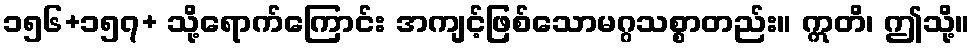
၁၅၆+၁၅၇+ သို့ရောက်ကြောင်း အကျင့်ဖြစ်သောမဂ္ဂသစ္စာတည်း။ ဣတိ၊ ဤသို့။